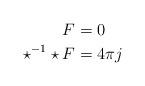
LaTeX: \begin{align*} F &= 0 \\\star^{-1} \star F &= 4 \pi j \end{align*}